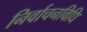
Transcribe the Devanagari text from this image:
निर्वाचनविधि